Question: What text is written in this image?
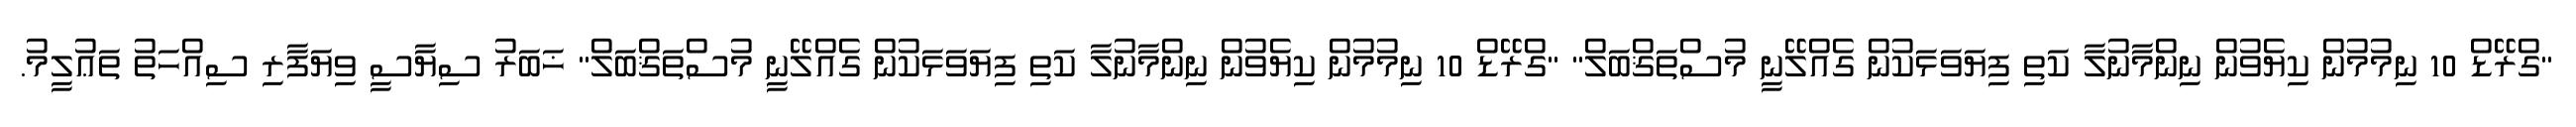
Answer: "ގްރޭޑް 10 ނިމުމުން ކިޔެވުން ނިންމާނުލާ ކަތި ފިޔަވަޅަކުން ގެއްލޭނީ މުސްތަޤްބަލް" "ގްރޭޑް 10 ނިމުމުން ކިޔެވުން ނިންމާނުލާ ކަތި ފިޔަވަޅަކުން ގެއްލޭނީ މުސްތަޤްބަލް" ޚަބަރު ސިޔާސީ ވިޔަފާރި ސިއްހަތު ތަޢުލީމު.